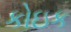
કોઇક